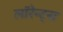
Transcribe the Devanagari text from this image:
लॉरेन्ट्स